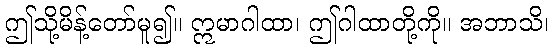
ဤသို့မိန့်တော်မူ၍။ ဣမာဂါထာ၊ ဤဂါထာတို့ကို။ အဘာသိ၊